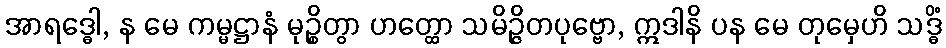
အာရဒ္ဓေါ, န မေ ကမ္မဋ္ဌာနံ မုဉ္စိတွာ ဟတ္ထော သမိဉ္ဇိတပုဗ္ဗော, ဣဒါနိ ပန မေ တုမှေဟိ သဒ္ဓိံ